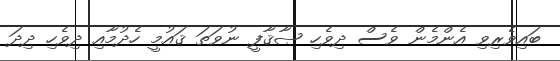
ބައިވެރިވި އެންމެން ވެސް ދިވެހި ޞާޤާފީ ނުވަތަ ޤައުމީ ހެދުމާއި ދިވެހި ދިދަ